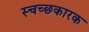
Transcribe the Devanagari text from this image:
स्चच्छकारक